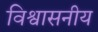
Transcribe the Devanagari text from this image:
विश्वासनीय